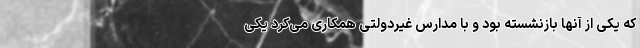
که یکی از آنها بازنشسته بود و با مدارس غیردولتی همکاری می‌کرد یکی